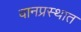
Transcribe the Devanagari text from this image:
वानप्रस्थात